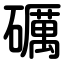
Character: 礪